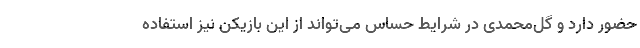
حضور دارد و گل‌محمدی در شرایط حساس می‌تواند از این بازیکن نیز استفاده